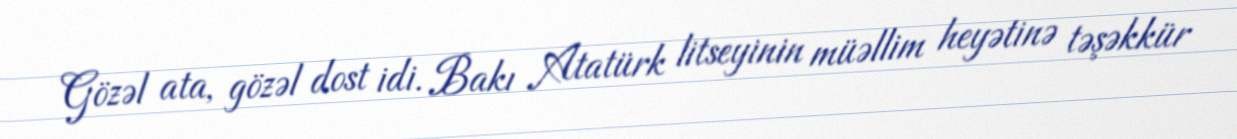
Gözəl ata, gözəl dost idi. Bakı Atatürk litseyinin müəllim heyətinə təşəkkür